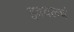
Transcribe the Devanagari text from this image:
इक्वलचं